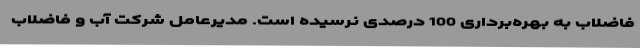
فاضلاب به بهره‌برداری 100 درصدی نرسیده است. مدیرعامل شرکت آب و فاضلاب